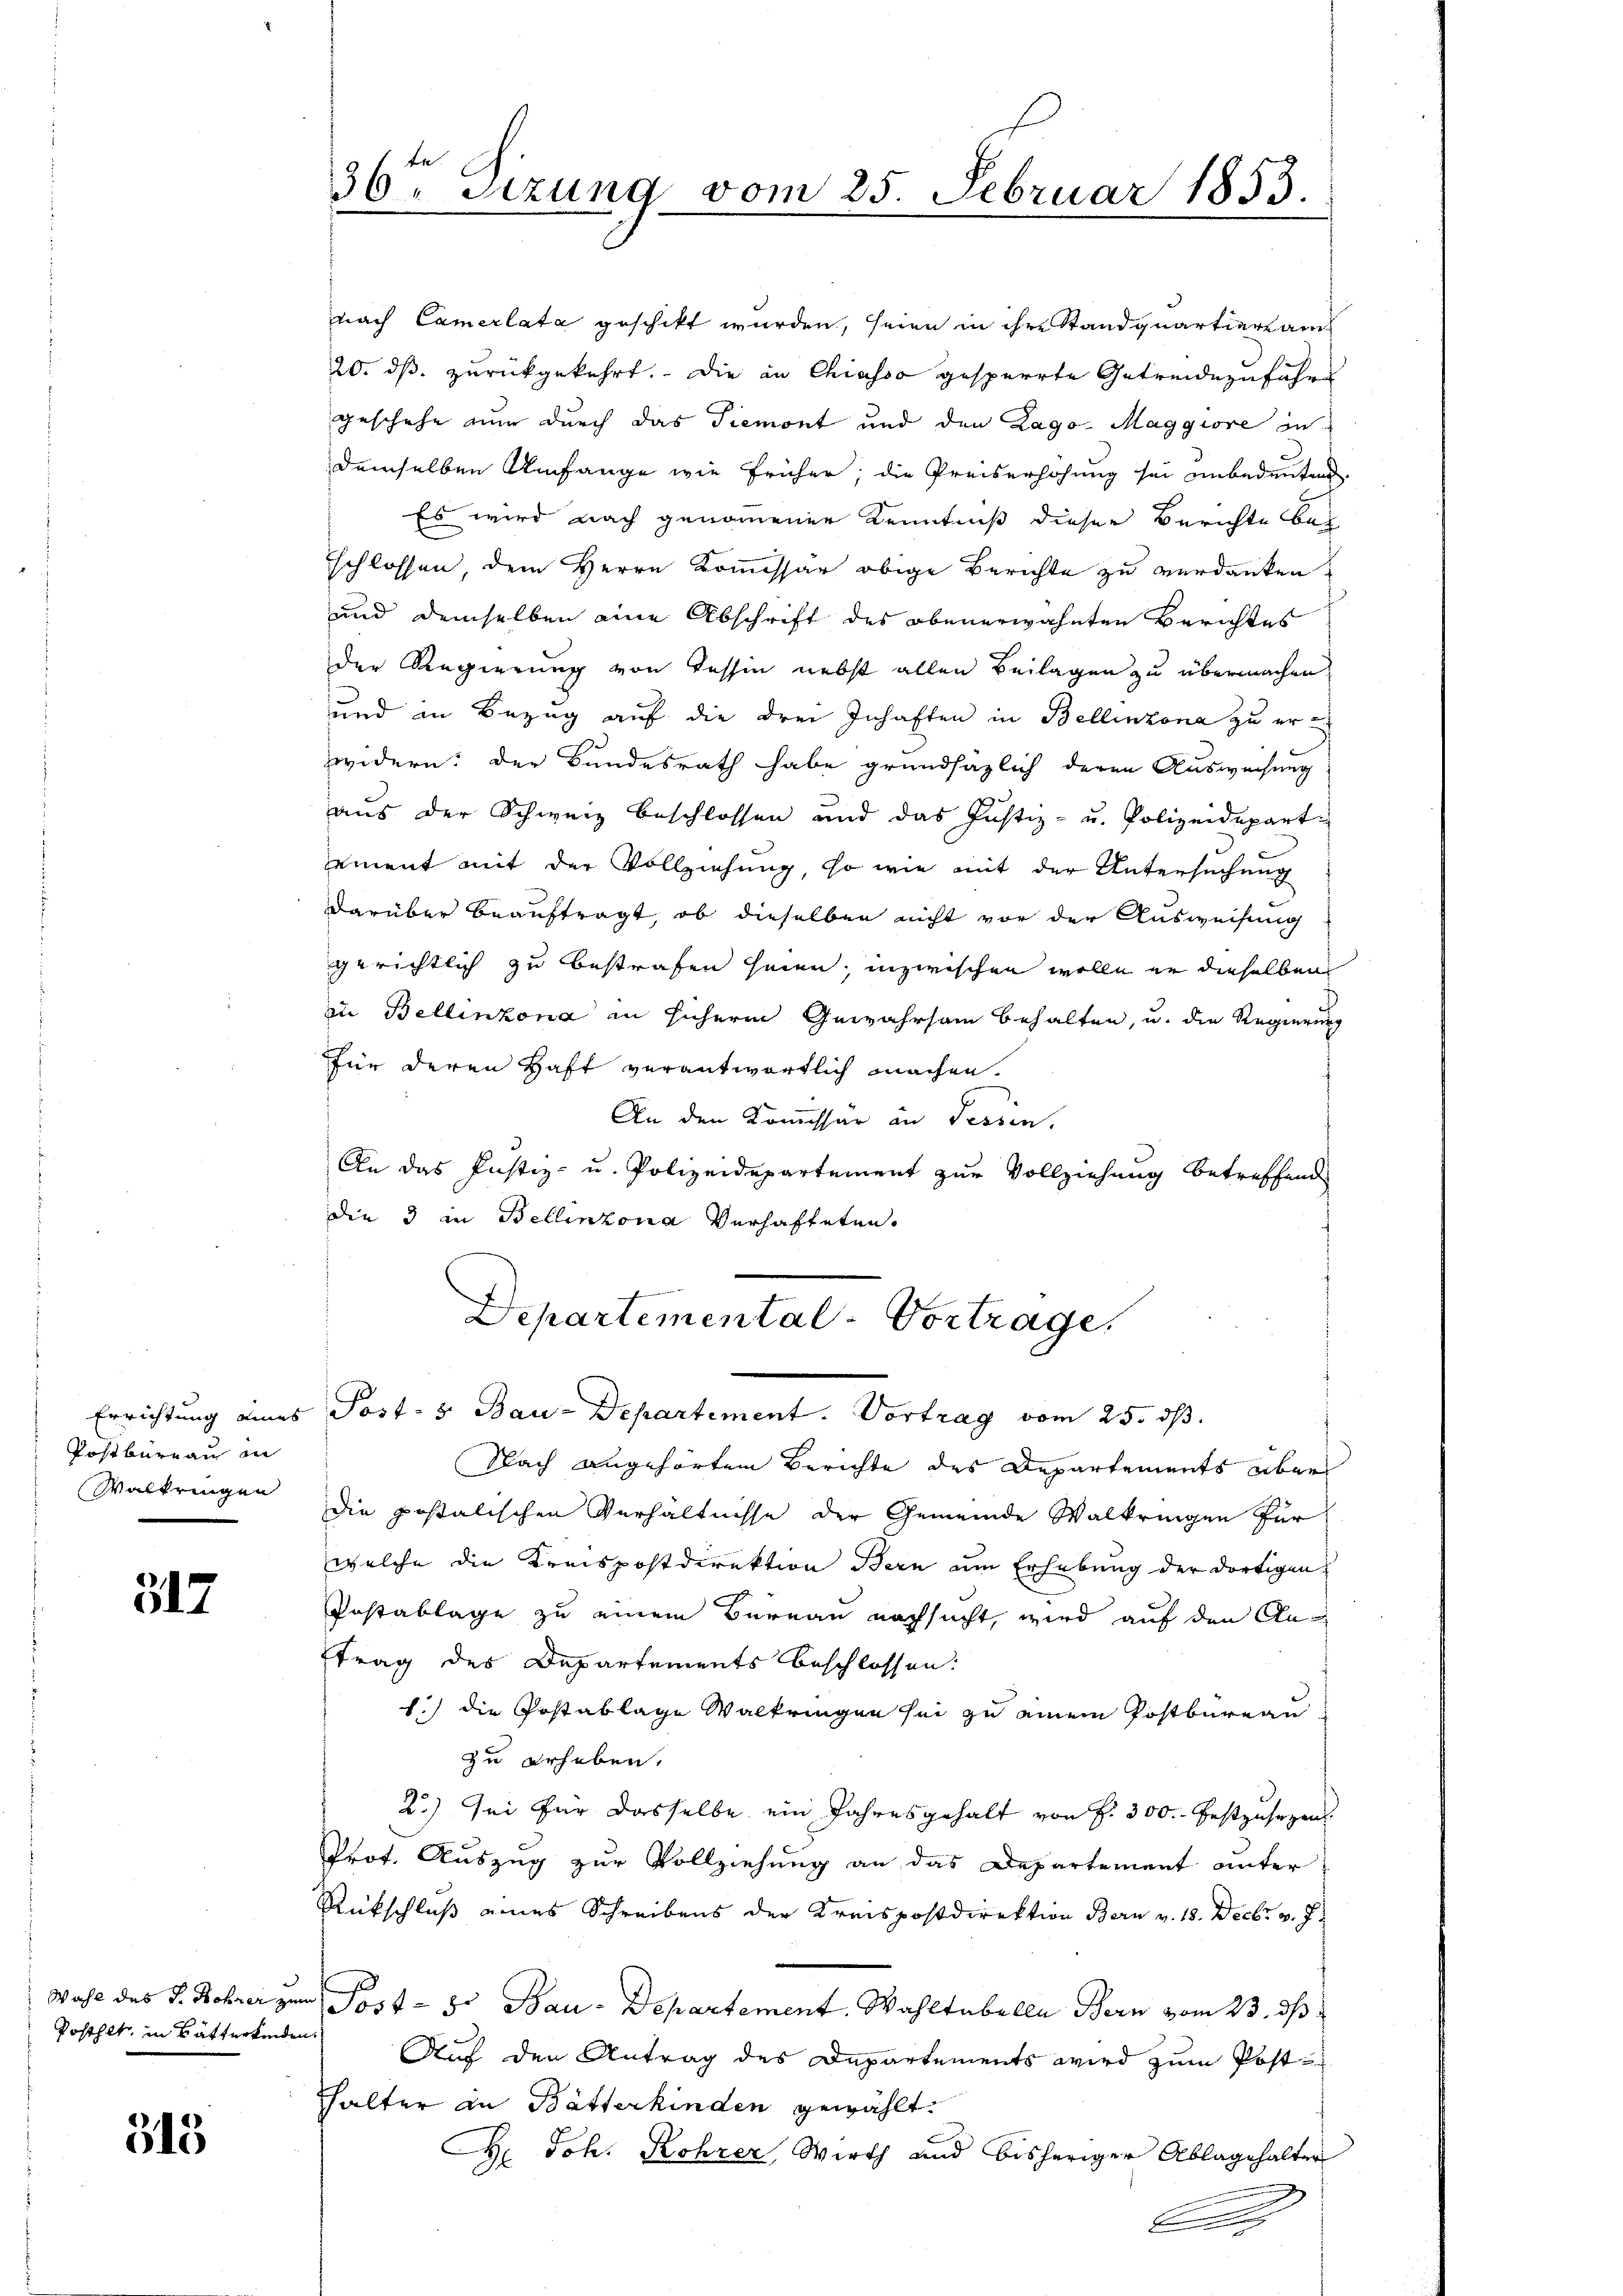
Postbureau in
Walkringen

317

Posthet, in Bätterkenden

315

nach Camerlata geschikt wurden, seien in ihre Standquartiersams
20. ds. zurückgekehrt. Die in Chiasso gesperrte Getreidezuführ
geschehe nur durch das Tiemont und den Lago Maggiore in
demselben Umfange wie früher, die Preiserhöhung sei unbedeutend
Es wird nach genommener Kenntniß dieser Berichte bes
Eschlossen, dem Herrn Kommissär obige Berichte zu verdanken.
und demselben eine Abschrift des obenerwähnten Berichtes
der Regierung von Tessin nebst allen Beilagen zu übermachen,
und in Bezug auf die drei Inhaften in Bellinzona zu erzwidern: der Bundesrath habe grundsätzlich deren Ausweisung
aŭs der Schweiz beschlossen und das Justiz- u. Polizeidepart
ement mit der Vollziehung, so wie mit der Untersuchung
darüber beauftragt, ob dieselben nicht vor der Ausweisung
gerichtlich zu bestrafen seien, inzwischen wolle er dieselben
in Bellinzona in sicherm Gewahrsam behalten, u. die Regierung
für deren Haft verantwortlich machen.
An den Kommissär in Tessin,
An das Justiz- u. Polizeidepartement zur Vollziehung betreffend
die 3 in Bellinzona verhafteten.
seiten
Departemental-Vortrage.

36ten Sizung vom 25. Februar 1853.

Errichtung eines Post- & Bau-Departement. Vortrag vom 25. ds.

Nach angehörtem Berichte des Departements über
die postalischen Verhältnisse der Gemeinde Walkringen für
welche die Kreispostdirektion Bern um Erhebung der dortigen
Postablage zu einem Bernau nachsucht, wird auf den An¬
Etrag des Departements beschlossen:
1.) die Postablage Waltringen sei zu einem Postbureau
zu erheben.
2.) Sei für dasselbe ein Jahresgehalt von f. 300 festzusehen
Prot. Auszug zur Vollziehung an das Departement unter
Rückschluß eines Schreibens der Kreispostdirektion Bern v. 18. Decbr v. J.
Wahl des S. Rohrer zum Post- 8. Bau-Departement. Wahltabella Bern vom 23. ds
Auf den Antrag des Departements wird zum Post-
halter an Bätterkinden gewählt.
H. Joh. Rohrer, Wirth und bisheriger Ablagehalter
A